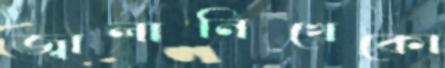
জ্বালানিখেকো